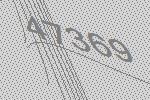
47369